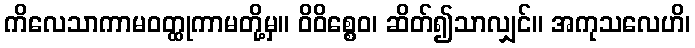
ကိလေသာကာမဝတ္ထုကာမတို့မှ။ ဝိဝိစ္စေဝ၊ ဆိတ်၍သာလျှင်။ အကုသလေဟိ၊